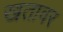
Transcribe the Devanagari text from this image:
खतावर